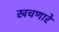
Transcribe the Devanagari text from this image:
खचणारे